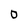
Character: D